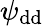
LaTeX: \psi_{\mathrm{dd}}